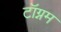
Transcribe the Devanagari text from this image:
टॉग्नम